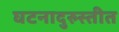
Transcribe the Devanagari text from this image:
घटनादुरुस्तीत